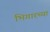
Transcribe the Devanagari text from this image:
भिगारच्या